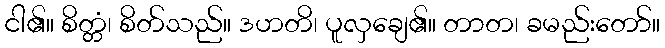
ငါ၏။ စိတ္တံ၊ စိတ်သည်။ ဒဟတိ၊ ပူလှချေ၏။ တာတ၊ ခမည်းတော်။